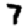
Digit: 7